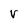
Character: V